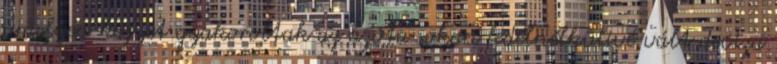
amelyen kegyet gyakoroltak az azóta sokan fedélnélkülivé vált deviza